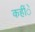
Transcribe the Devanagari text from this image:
कहींे